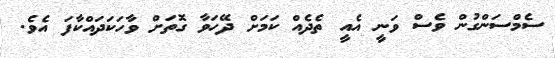
ސެމްސަންގުން ވެސް ވަނީ އެއީ ތެދެއް ކަމަށް ދޭހަވާ ގޮތަށް ވާހަކަދައްކާފަ އެވެ.